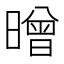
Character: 㬝